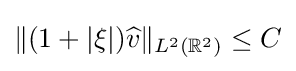
\|(1+|\xi |){\widehat {v}}\|_{L^{2}(\mathbb {R} ^{2})}\leq C